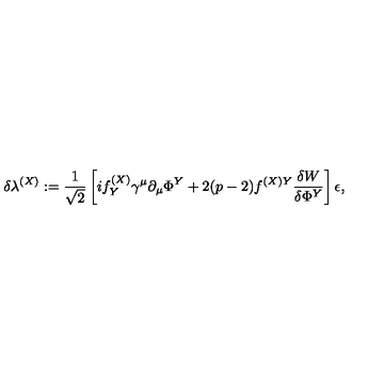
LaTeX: \delta \lambda ^ { ( X ) } : = \frac 1 { \sqrt { 2 } } \left[ i f _ { Y } ^ { ( X ) } \gamma ^ { \mu } \partial _ { \mu } \Phi ^ { Y } + 2 ( p - 2 ) f ^ { ( X ) Y } \frac { \delta W } { \delta \Phi ^ { Y } } \right] \epsilon ,